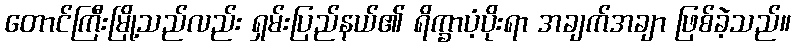
တောင်ကြီးမြို့သည်လည်း ရှမ်းပြည်နယ်၏ ရိက္ခာပံ့ပိုးရာ အချက်အချာ ဖြစ်ခဲ့သည်။